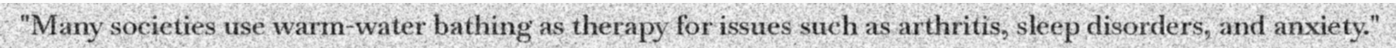
"Many societies use warm-water bathing as therapy for issues such as arthritis, sleep disorders, and anxiety."